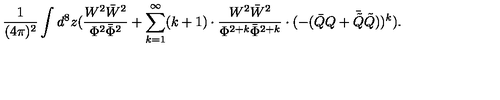
\frac { 1 } { ( 4 \pi ) ^ { 2 } } \int d ^ { 8 } z ( \frac { W ^ { 2 } \bar { W } ^ { 2 } } { \Phi ^ { 2 } \bar { \Phi } ^ { 2 } } + \sum _ { k = 1 } ^ { \infty } ( k + 1 ) \cdot \frac { W ^ { 2 } \bar { W } ^ { 2 } } { \Phi ^ { 2 + k } \bar { \Phi } ^ { 2 + k } } \cdot ( - ( \bar { Q } Q + \bar { \tilde { Q } } \tilde { Q } ) ) ^ { k } ) .